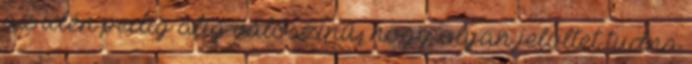
az idén pedig alig valószínű, hogy olyan jelöltet tudna